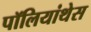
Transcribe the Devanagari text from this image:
पॉलियांथेस